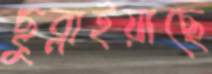
ছুব্‌লাইয়াছে